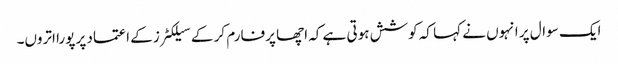
ایک سوال پر انہوں نے کہا کہ کوشش ہوتی ہے کہ اچھا پرفارم کر کے سیلکٹرز کے اعتماد پر پورا اتروں۔